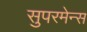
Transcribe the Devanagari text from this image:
सुपरमेन्स